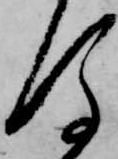
後